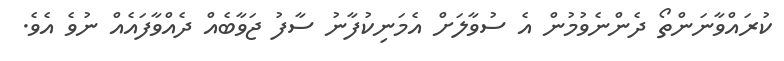
ކުރައްވާނަންތޯ ދެންނެވުމުން އެ ސުވާލަށް އެމަނިކުފާނު ސާފު ޖަވާބެއް ދެއްވާފައެއް ނުވެ އެވެ.